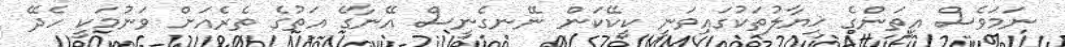
ނަމަވެސް އީތަންގެ ޚިޔާލުތަކުގައިވަނީ ކީކޭކަން ނޭނގެނީސް އޭނާގެ އަތުގެ ތެރެއަށް ވަނުމަކީ ހެދޭ